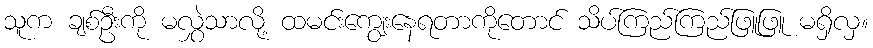
သူက ချစ်ဦးကို မလွှဲသာလို့ ထမင်းကျွေးနေရတာကိုတောင် သိပ်ကြည်ကြည်ဖြူဖြူ မရှိလှ။